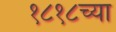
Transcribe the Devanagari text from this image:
१८१८च्या